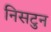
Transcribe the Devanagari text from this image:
निसटुन